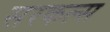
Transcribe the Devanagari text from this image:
सरकल्स